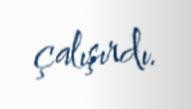
çalışırdı.